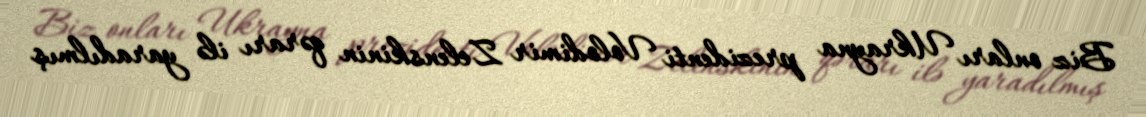
Biz onları Ukrayna prezidenti Volodimir Zelenskinin qərarı ilə yaradılmış